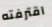
اقترفته